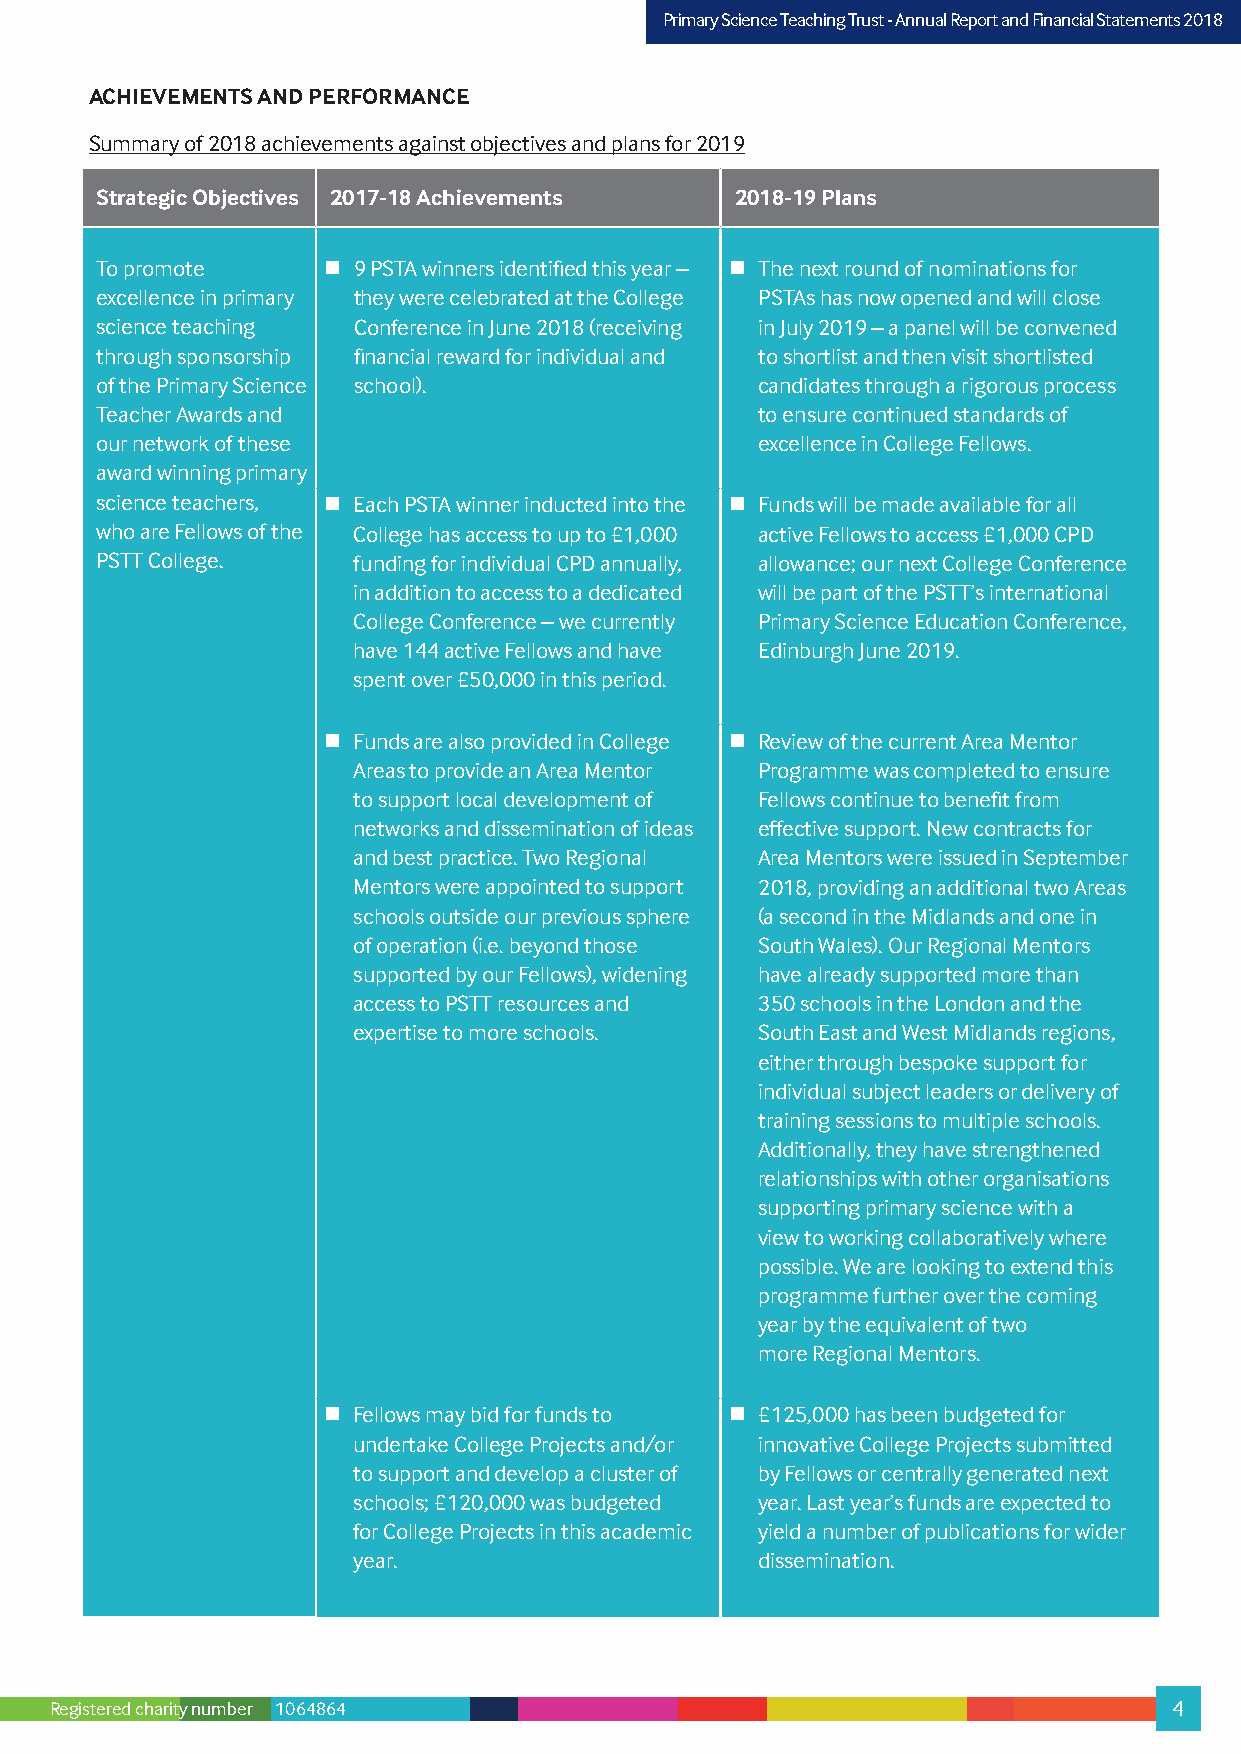
PPrriimmaarryy SScciieennccee TTeeaacchhiinngg TTrruusstt –- AAnnnnuuaall RReeppoorrtt aanndd FFiinnaanncciiaall SSttaatteemmeennttss 22001178
 ACHIEVEMENTS AND PERFORMANCE
 Summary of 2018 achievements against objectives and plans for 2019
 Strategic Objectives 2017-18 Achievements  2018-19 Plans
 To promote      9 PSTA winners identified this year –  The next round of nominations for
 excellence in primary they were celebrated at the College PSTAs has now opened and will close
 science teaching Conference in June 2018 (receiving in July 2019 – a panel will be convened
 through sponsorship financial reward for individual and to shortlist and then visit shortlisted
 of the Primary Science school).             candidates through a rigorous process
 Teacher Awards and                          to ensure continued standards of
 our network of these                        excellence in College Fellows.
 award winning primary
 science teachers,  Each PSTA winner inducted into the  Funds will be made available for all
 who are Fellows of the College has access to up to £1,000 active Fellows to access £1,000 CPD
 PSTT College.    funding for individual CPD annually, allowance; our next College Conference
 in addition to access to a dedicated will be part of the PSTT’s international
 College Conference – we currently Primary Science Education Conference,
 have 144 active Fellows and have Edinburgh June 2019.
 spent over £50,000 in this period.
  Funds are also provided in College  Review of the current Area Mentor
 Areas to provide an Area Mentor Programme was completed to ensure
 to support local development of Fellows continue to benefit from
 networks and dissemination of ideas effective support. New contracts for
 and best practice. Two Regional Area Mentors were issued in September
 Mentors were appointed to support 2018, providing an additional two Areas
 schools outside our previous sphere (a second in the Midlands and one in
 of operation (i.e. beyond those South Wales). Our Regional Mentors
 supported by our Fellows), widening have already supported more than
 access to PSTT resources and 350 schools in the London and the
 expertise to more schools. South East and West Midlands regions,
 either through bespoke support for
 individual subject leaders or delivery of
 training sessions to multiple schools.
 Additionally, they have strengthened
 relationships with other organisations
 supporting primary science with a
 view to working collaboratively where
 possible. We are looking to extend this
 programme further over the coming
 year by the equivalent of two
 more Regional Mentors.
  Fellows may bid for funds to  £125,000 has been budgeted for
 undertake College Projects and/or innovative College Projects submitted
 to support and develop a cluster of by Fellows or centrally generated next
 schools; £120,000 was budgeted year. Last year’s funds are expected to
 for College Projects in this academic yield a number of publications for wider
 year.                      dissemination.
 Registered charity number 1064864                                          4